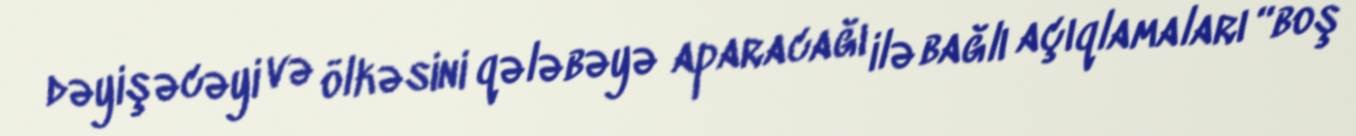
dəyişəcəyi və ölkəsini qələbəyə aparacağı ilə bağlı açıqlamaları “boş